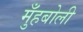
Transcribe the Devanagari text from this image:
मुँहबोली